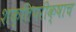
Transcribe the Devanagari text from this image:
शक्तिपरीक्षाच